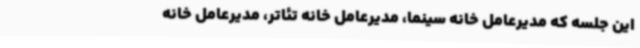
این جلسه که مدیرعامل خانه سینما، مدیرعامل خانه تئاتر، مدیرعامل خانه